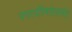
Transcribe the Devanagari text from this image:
नगरपरिषदेसमोर